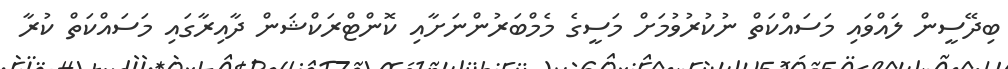
ބިދޭސީން ލައްވައި މަސައްކަތް ނުކުރުވުމަށް މަސީގެ މެމްބަރުންނަށާއި ކޮންޓްރަކްޝަން ދާއިރާގައި މަސައްކަތް ކުރާ